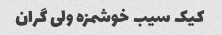
کیک سیب خوشمزه ولی گران